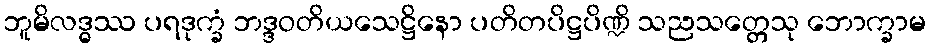
ဘူမိလဒ္ဓဿ ပရဒုက္ခံ ဘဒ္ဒဝတိယသေဋ္ဌိနော ပတိတပိဋ္ဌပိဏ္ဍိ သညသတ္တေသု ဘောက္ခာမ